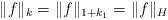
LaTeX: \begin{align*}\|f\|_k=\|f\|_{1+k_1}= \|f\|_H\end{align*}